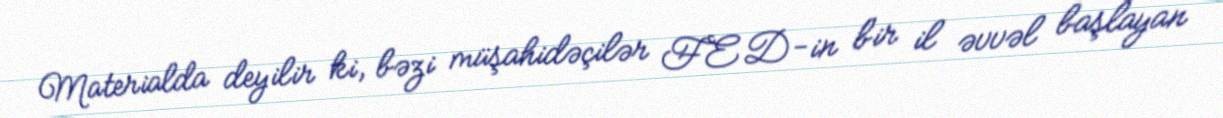
Materialda deyilir ki, bəzi müşahidəçilər FED-in bir il əvvəl başlayan